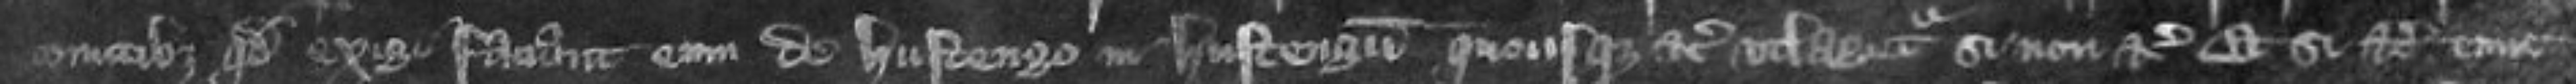
comitibus quod exigi faciant de Hustengo in Hustengum quousque etc utlagetur si non etc et si etc tunc